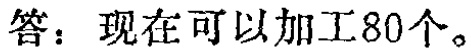
答：现在可以加工80个。